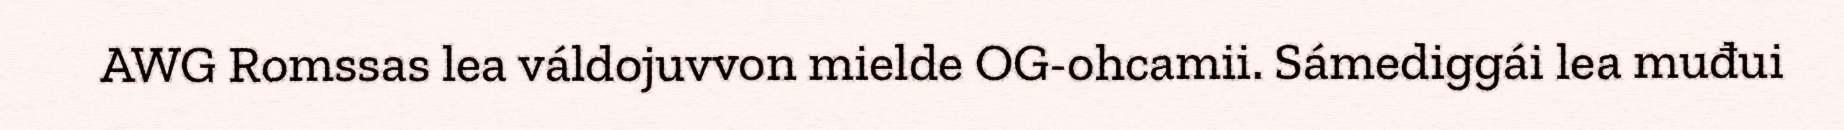
AWG Romssas lea váldojuvvon mielde OG-ohcamii. Sámediggái lea muđui